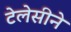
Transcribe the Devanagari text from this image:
टेलेसीने